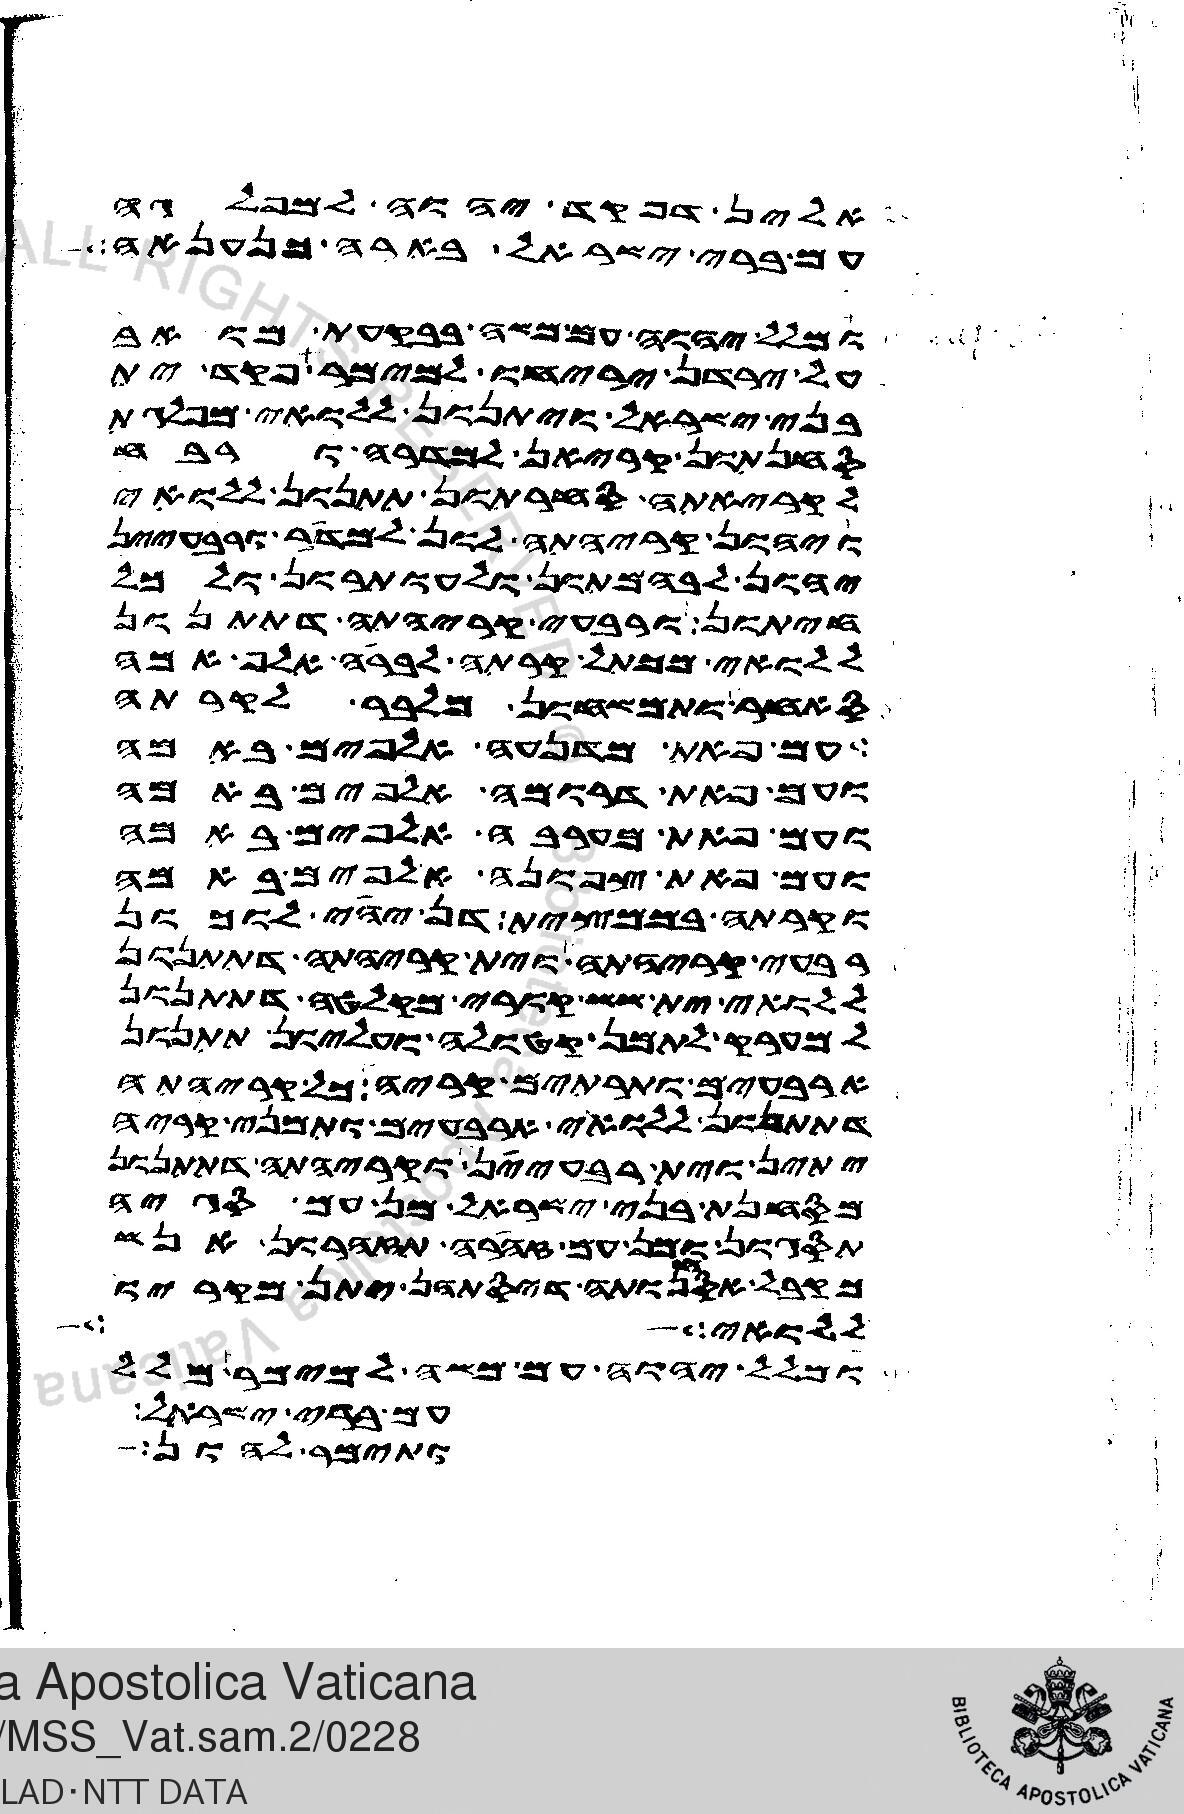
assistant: אלין דפקד יהוה למפלגה
עם ברי ישראל בארעה כנענאה
ומלל יהוה עם משה בבקעת מואב
על ירדן יריחו למימר פקד ית
בני ישראל ויתנון ללואי מפלגת
סחנתון קריאן למדרה ורבח
לקריאתה סחרתון תתנון ללואי
ויהון קריהתה לון למדר ורבעיין
יהון לבהמתון ולעותרון ולכל
חיתון ורבעי קריהתה דתתנון
ללואי מכתל קרתה לברה אלף אמה
סאחר ותמשחון מלבר לקרתה
עם פאת מדנעה אלפים באמה
ועם פאת דרומה אלפים באמה
ועם פאת מערבה אלפים באמה
ועם פאת צפונה אלפים באמה
וקרתה בממצית דן יהי לוכון
רבעי קריהתה וית קריהתה דתתנון
ללואי ית ששת קורי מקלטה דתתנון
למערק לתמן קטולה ועליון תתנון
ארבעים ותרתין קריה כל קריהתה
דתתנון ללואי ארבעים ותמני קריה
יתין וית רבעיין וקריהתה דתתנון
מסחנת בני ישראל מן עם סגיה
תסגון ומן עם סהרה תזהרון אנש
מקבל אסחנותה דיסתהן יהב מקריו
לואי תמלל
ומלל יהוה עם משה למימר מלל
עם ברי ישראל
ותימר לי